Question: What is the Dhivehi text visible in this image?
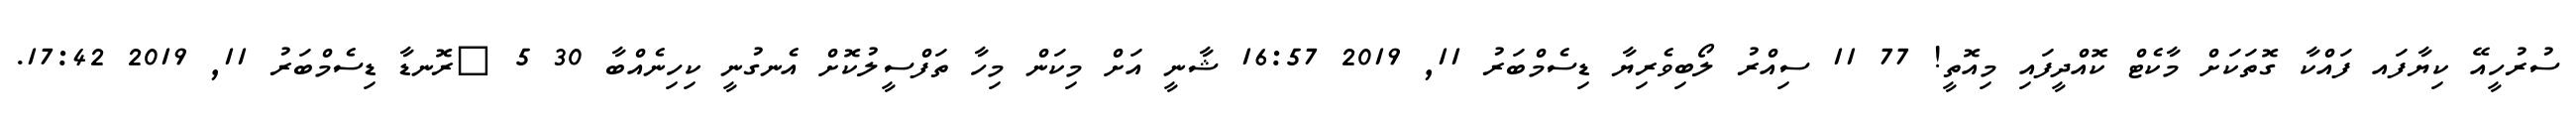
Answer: ސުރުހީއޭ ކިޔާފައ ފައްކާ ގޮތަކަށް މާކެޓް ކޮއްދީފައި މިއޮތީ! 77 11 ސިއްރު ލޯބިވެރިޔާ ޑިސެމްބަރު 11, 2019 16:57 ޝާނީ އަށް މިކަން މިހާ ތަފްސީލުކޮށް އެނގުނީ ކިހިނެއްބާ 30 5 ?ރޮނޑާ ޑިސެމްބަރު 11, 2019 17:42.